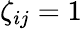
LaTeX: \zeta_{ij}=1